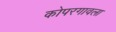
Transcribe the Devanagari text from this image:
कोपरगावला